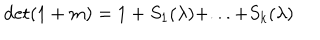
\det ( 1 + m ) = 1 + S _ { 1 } ( \lambda ) + . . . + S _ { k } ( \lambda )